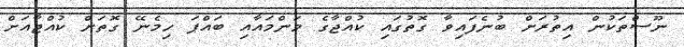
ނޫސްތަކުން އިތުރަށް ބުނެފައިވާ ގޮތުގައި ކުއްޖާގެ މަންމައާއި ބައްޕަ ހިމެނޭ ގޮތަށް ކުއްޖާއަށް